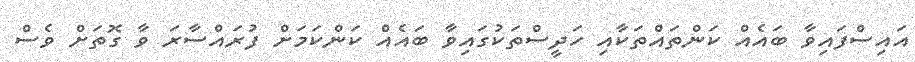
އައިސްފައިވާ ބައެެއް ކަންތައްތަކާއި ހަދީސްތަކުގައިވާ ބައެއް ކަންކަމަށް ފުރައްސާރަ ވާ ގޮތަށް ވެސް